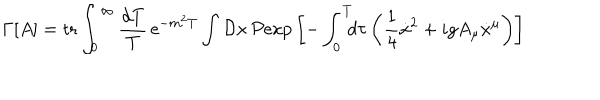
\Gamma \lbrack A \rbrack = \mathrm { t r } \int _ { 0 } ^ { \infty } { \frac { d T } { T } } \, \mathrm { e } ^ { - m ^ { 2 } T } \int { \cal D } x \, { \cal P } \mathrm { e x p } \left[ - \int _ { 0 } ^ { T } \! \! \! d \tau \left( { \frac { 1 } { 4 } } { \dot { x } } ^ { 2 } + i g A _ { \mu } \dot { x } ^ { \mu } \right) \right]